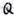
Text: Q